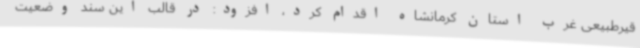
قیرطبیعی غرب استان کرمانشاه اقدام کرد، افزود: در قالب این سند وضعیت